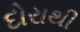
દોરાથી